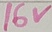
Text: 16V